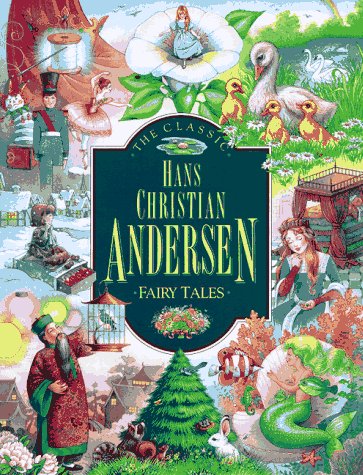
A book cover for The Classic Hans Christian Andersen Fairy Tales (Children's storybook classics); Hans Christian Andersen; Children's Books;